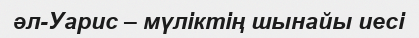
әл-Уарис – мүліктің шынайы иесі